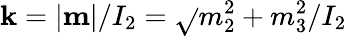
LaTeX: \mathbf{k}=|{\mathbf{m}}|/I_{2}=\sqrt{}{{m_{2}^{2}+m_{3}^{2}}}/I_{2}